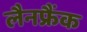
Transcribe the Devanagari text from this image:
लैनफ्रैंक